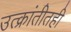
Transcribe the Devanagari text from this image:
उत्क्रांतीतही